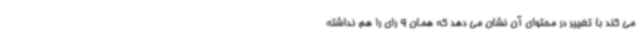
می کند با تغییر در محتوای آن نشان می دهد که همان 9 رای را هم نداشته